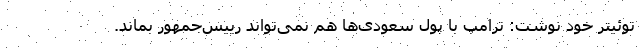
توئیتر خود نوشت:‌ ترامپ با پول سعودی‌ها هم نمی‌تواند رییس‌جمهور بماند.